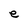
Character: e